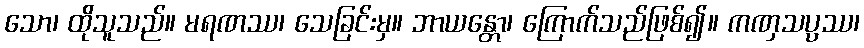
သော၊ ထိုသူသည်။ မရဏဿ၊ သေခြင်းမှ။ ဘာယန္တော၊ ကြောက်သည်ဖြစ်၍။ ကဏှသပ္ပဿ၊